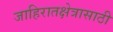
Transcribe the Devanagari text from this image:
जाहिरातक्षेत्रासाठी